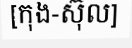
[កុង-ស៊ុល]